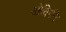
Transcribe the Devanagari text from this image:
ओकिनि